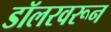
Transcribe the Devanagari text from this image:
डॉलरवरून